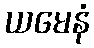
ယမေနံ